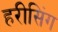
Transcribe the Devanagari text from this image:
हरीसिंग